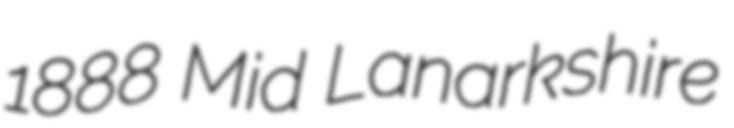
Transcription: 1888 Mid Lanarkshire